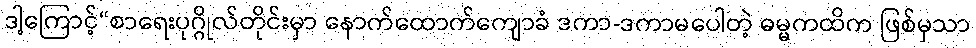
ဒါ့ကြောင့်“စာရေးပုဂ္ဂိုလ်တိုင်းမှာ နောက်ထောက်ကျောခံ ဒကာ-ဒကာမပေါတဲ့ ဓမ္မကထိက ဖြစ်မှသာ